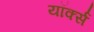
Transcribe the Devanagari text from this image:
यॉर्क्स